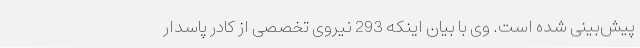
پیش‌بینی شده است. وی با بیان اینکه 293 نیروی تخصصی از کادر پاسدار